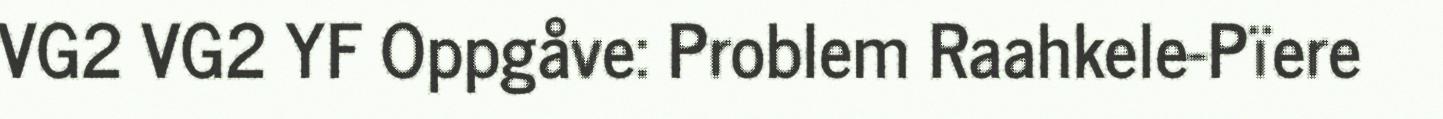
VG2 VG2 YF Oppgåve: Problem Raahkele-Pïere